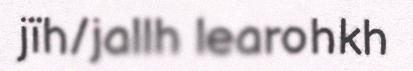
jïh/jallh learohkh